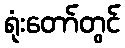
ရုံးတော်တွင်